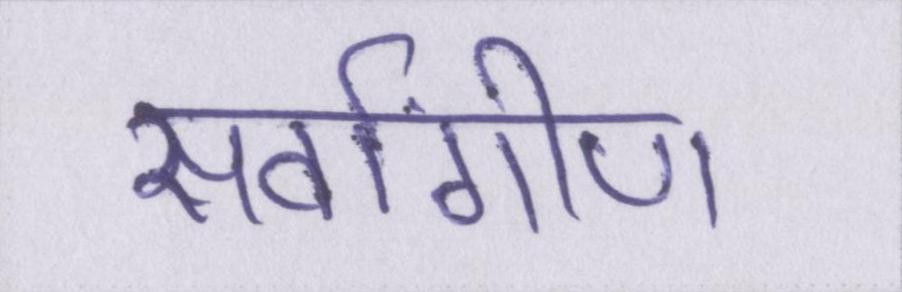
सर्वांगीण